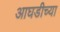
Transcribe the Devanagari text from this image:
आघडीच्या